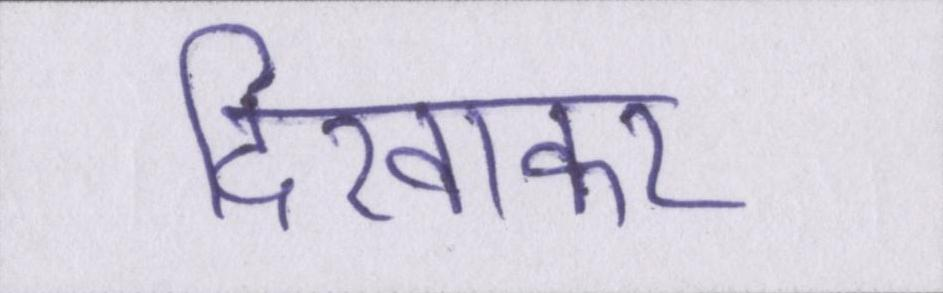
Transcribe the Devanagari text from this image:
दिखाकर